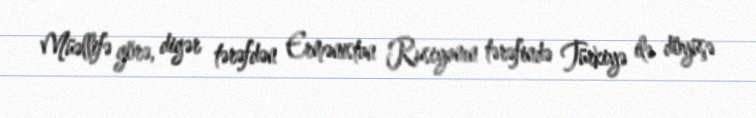
Müəllifə görə, digər tərəfdən Ermənistan Rusiyanın tərəfində Türkiyə ilə döyüşə